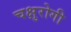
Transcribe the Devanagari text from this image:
चक्षुरोगी